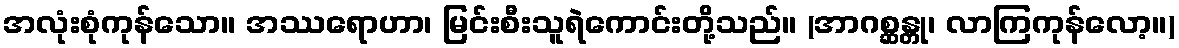
အလုံးစုံကုန်သော။ အဿရောဟာ၊ မြင်းစီးသူရဲကောင်းတို့သည်။ (အာဂစ္ဆန္တု၊ လာကြကုန်လော့။)